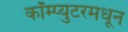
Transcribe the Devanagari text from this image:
कॉम्प्युटरमधून